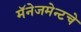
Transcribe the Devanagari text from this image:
मॅनेजमेन्टचे